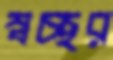
স্বচ্ছর